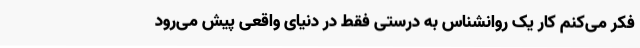
فکر می‌کنم کار یک روانشناس به درستی فقط در دنیای واقعی پیش می‌رود